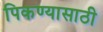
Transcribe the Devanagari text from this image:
पिकण्यासाठी